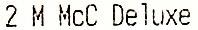
2 M MCC DELUXE